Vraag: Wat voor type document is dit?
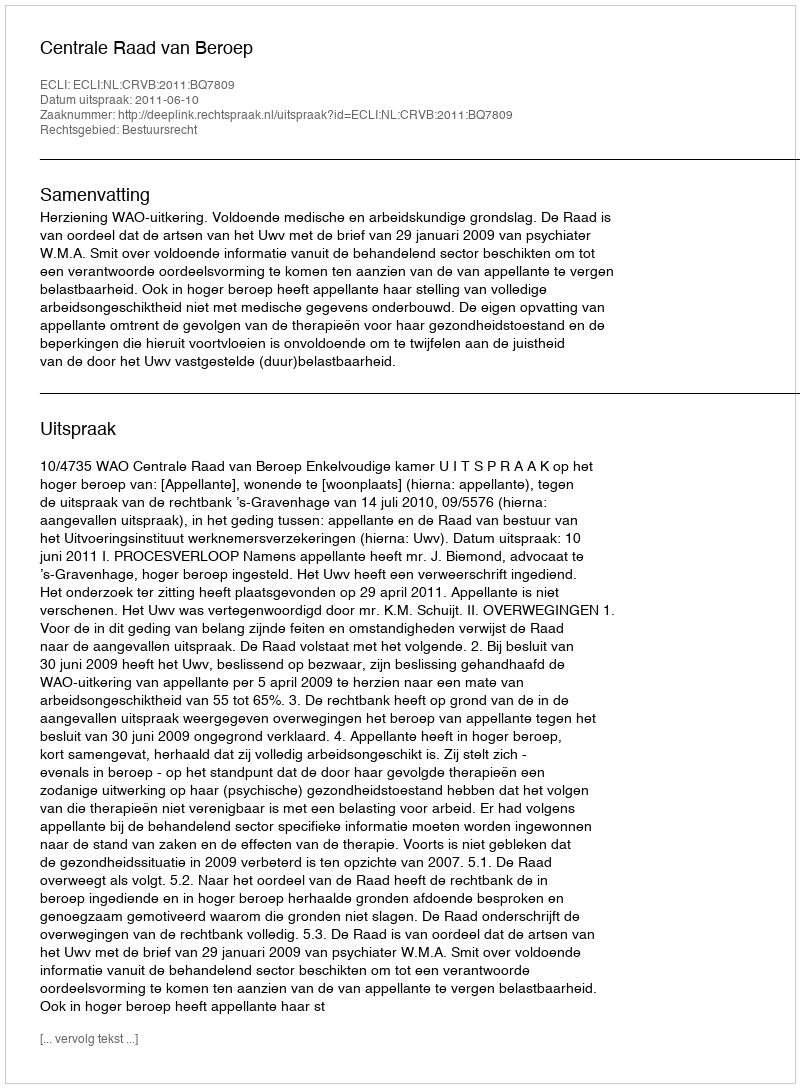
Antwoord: Uitspraak